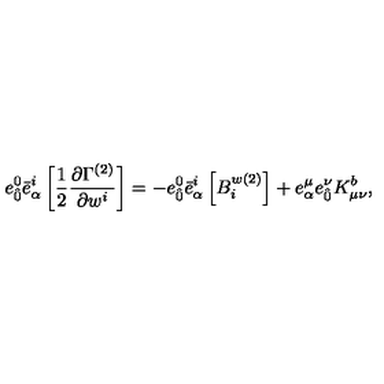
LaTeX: { e } _ { \hat { 0 } } ^ { 0 } { \bar { e } } _ { \alpha } ^ { i } \left[ \frac { 1 } { 2 } \frac { \partial \Gamma ^ { ( 2 ) } } { \partial w ^ { i } } \right] = - { e } _ { \hat { 0 } } ^ { 0 } { \bar { e } } _ { \alpha } ^ { i } \left[ B _ { i } ^ { w ( 2 ) } \right] + { e } _ { \alpha } ^ { \mu } { e } _ { \hat { 0 } } ^ { \nu } K _ { \mu \nu } ^ { b } ,